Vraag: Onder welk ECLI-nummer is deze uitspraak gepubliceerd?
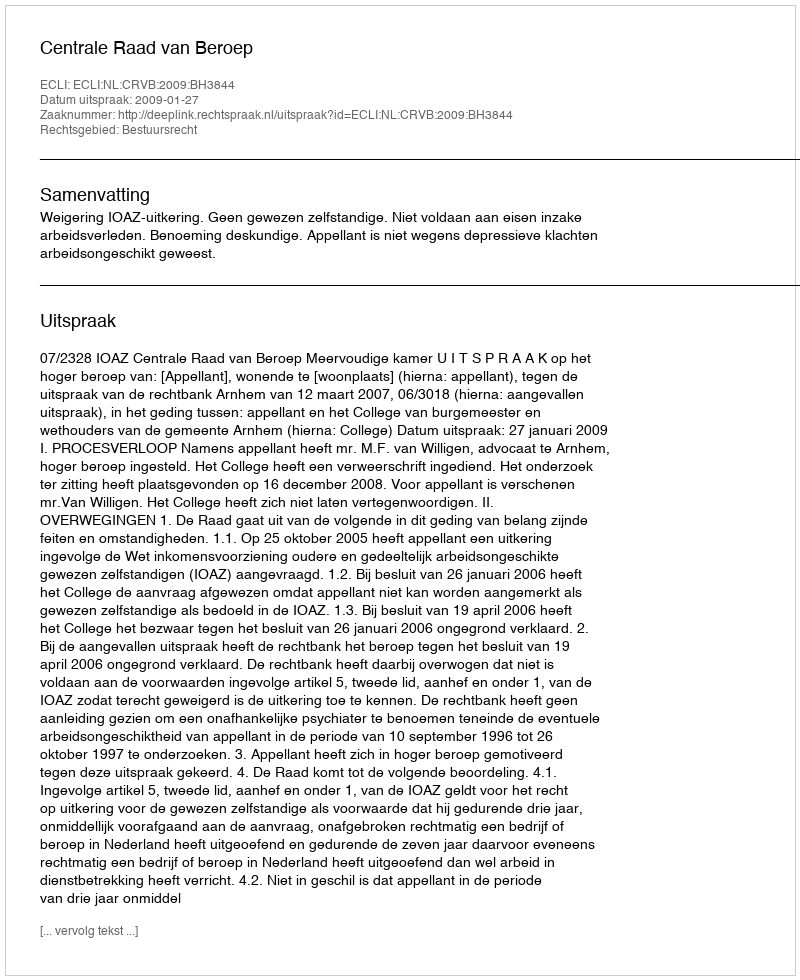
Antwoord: ECLI:NL:CRVB:2009:BH3844